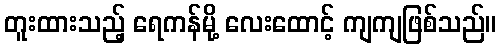
တူးထားသည့် ရေကန်မို့ လေးထောင့် ကျကျဖြစ်သည်။